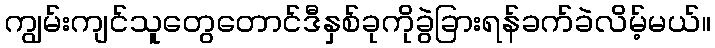
ကျွမ်းကျင်သူတွေတောင်ဒီနှစ်ခုကိုခွဲခြားရန်ခက်ခဲလိမ့်မယ်။